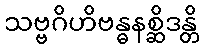
သဗ္ဗဂိဟိဗန္ဓနစ္ဆိဒန္တိ